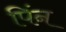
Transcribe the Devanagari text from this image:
पिंन